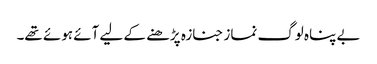
بے پناہ لوگ نماز جنازہ پڑھنے کے لیے آئے ہوئے تھے۔